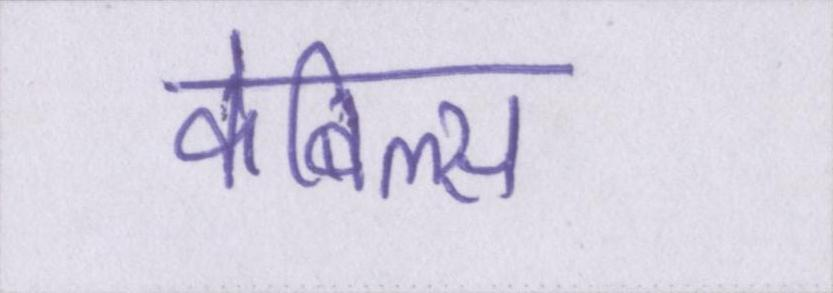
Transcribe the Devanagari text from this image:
केबिल्स